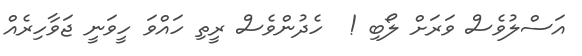
އަސްލުވެސް ވަރަށް ލޯބި !  ހެދުންވެސް ރީތި ހައްވަ ހީވަނީ ޖަވާހިރެއް